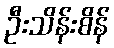
ဦးသိန်းစိန်